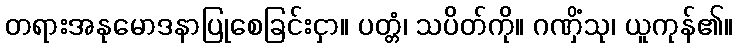
တရားအနုမောဒနာပြုစေခြင်းငှာ။ ပတ္တံ၊ သပိတ်ကို။ ဂဏှိံသု၊ ယူကုန်၏။